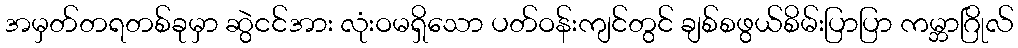
အမှတ်တရတစ်ခုမှာ ဆွဲငင်အား လုံးဝမရှိသော ပတ်ဝန်းကျင်တွင် ချစ်စဖွယ်စိမ်းပြာပြာ ကမ္ဘာဂြိုလ်